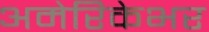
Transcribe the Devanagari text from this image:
अमेरिकेभर